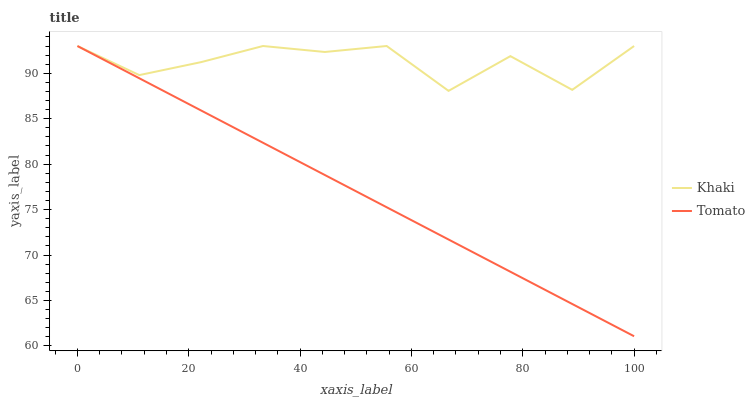
| xaxis_label | Khaki | Tomato |
 | --- | --- | --- |
 | 0 | 93 | 93 |
 | 11.1 | 89.8 | 89.5 |
 | 22.2 | 91.2 | 85.9 |
 | 33.3 | 93 | 82.4 |
 | 44.4 | 92.3 | 78.8 |
 | 55.6 | 93 | 75.3 |
 | 66.7 | 88.1 | 71.7 |
 | 77.8 | 91.9 | 68.2 |
 | 88.9 | 88.2 | 64.6 |
 | 100 | 93 | 61.1 |